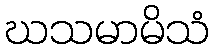
ဃသမာမိသံ